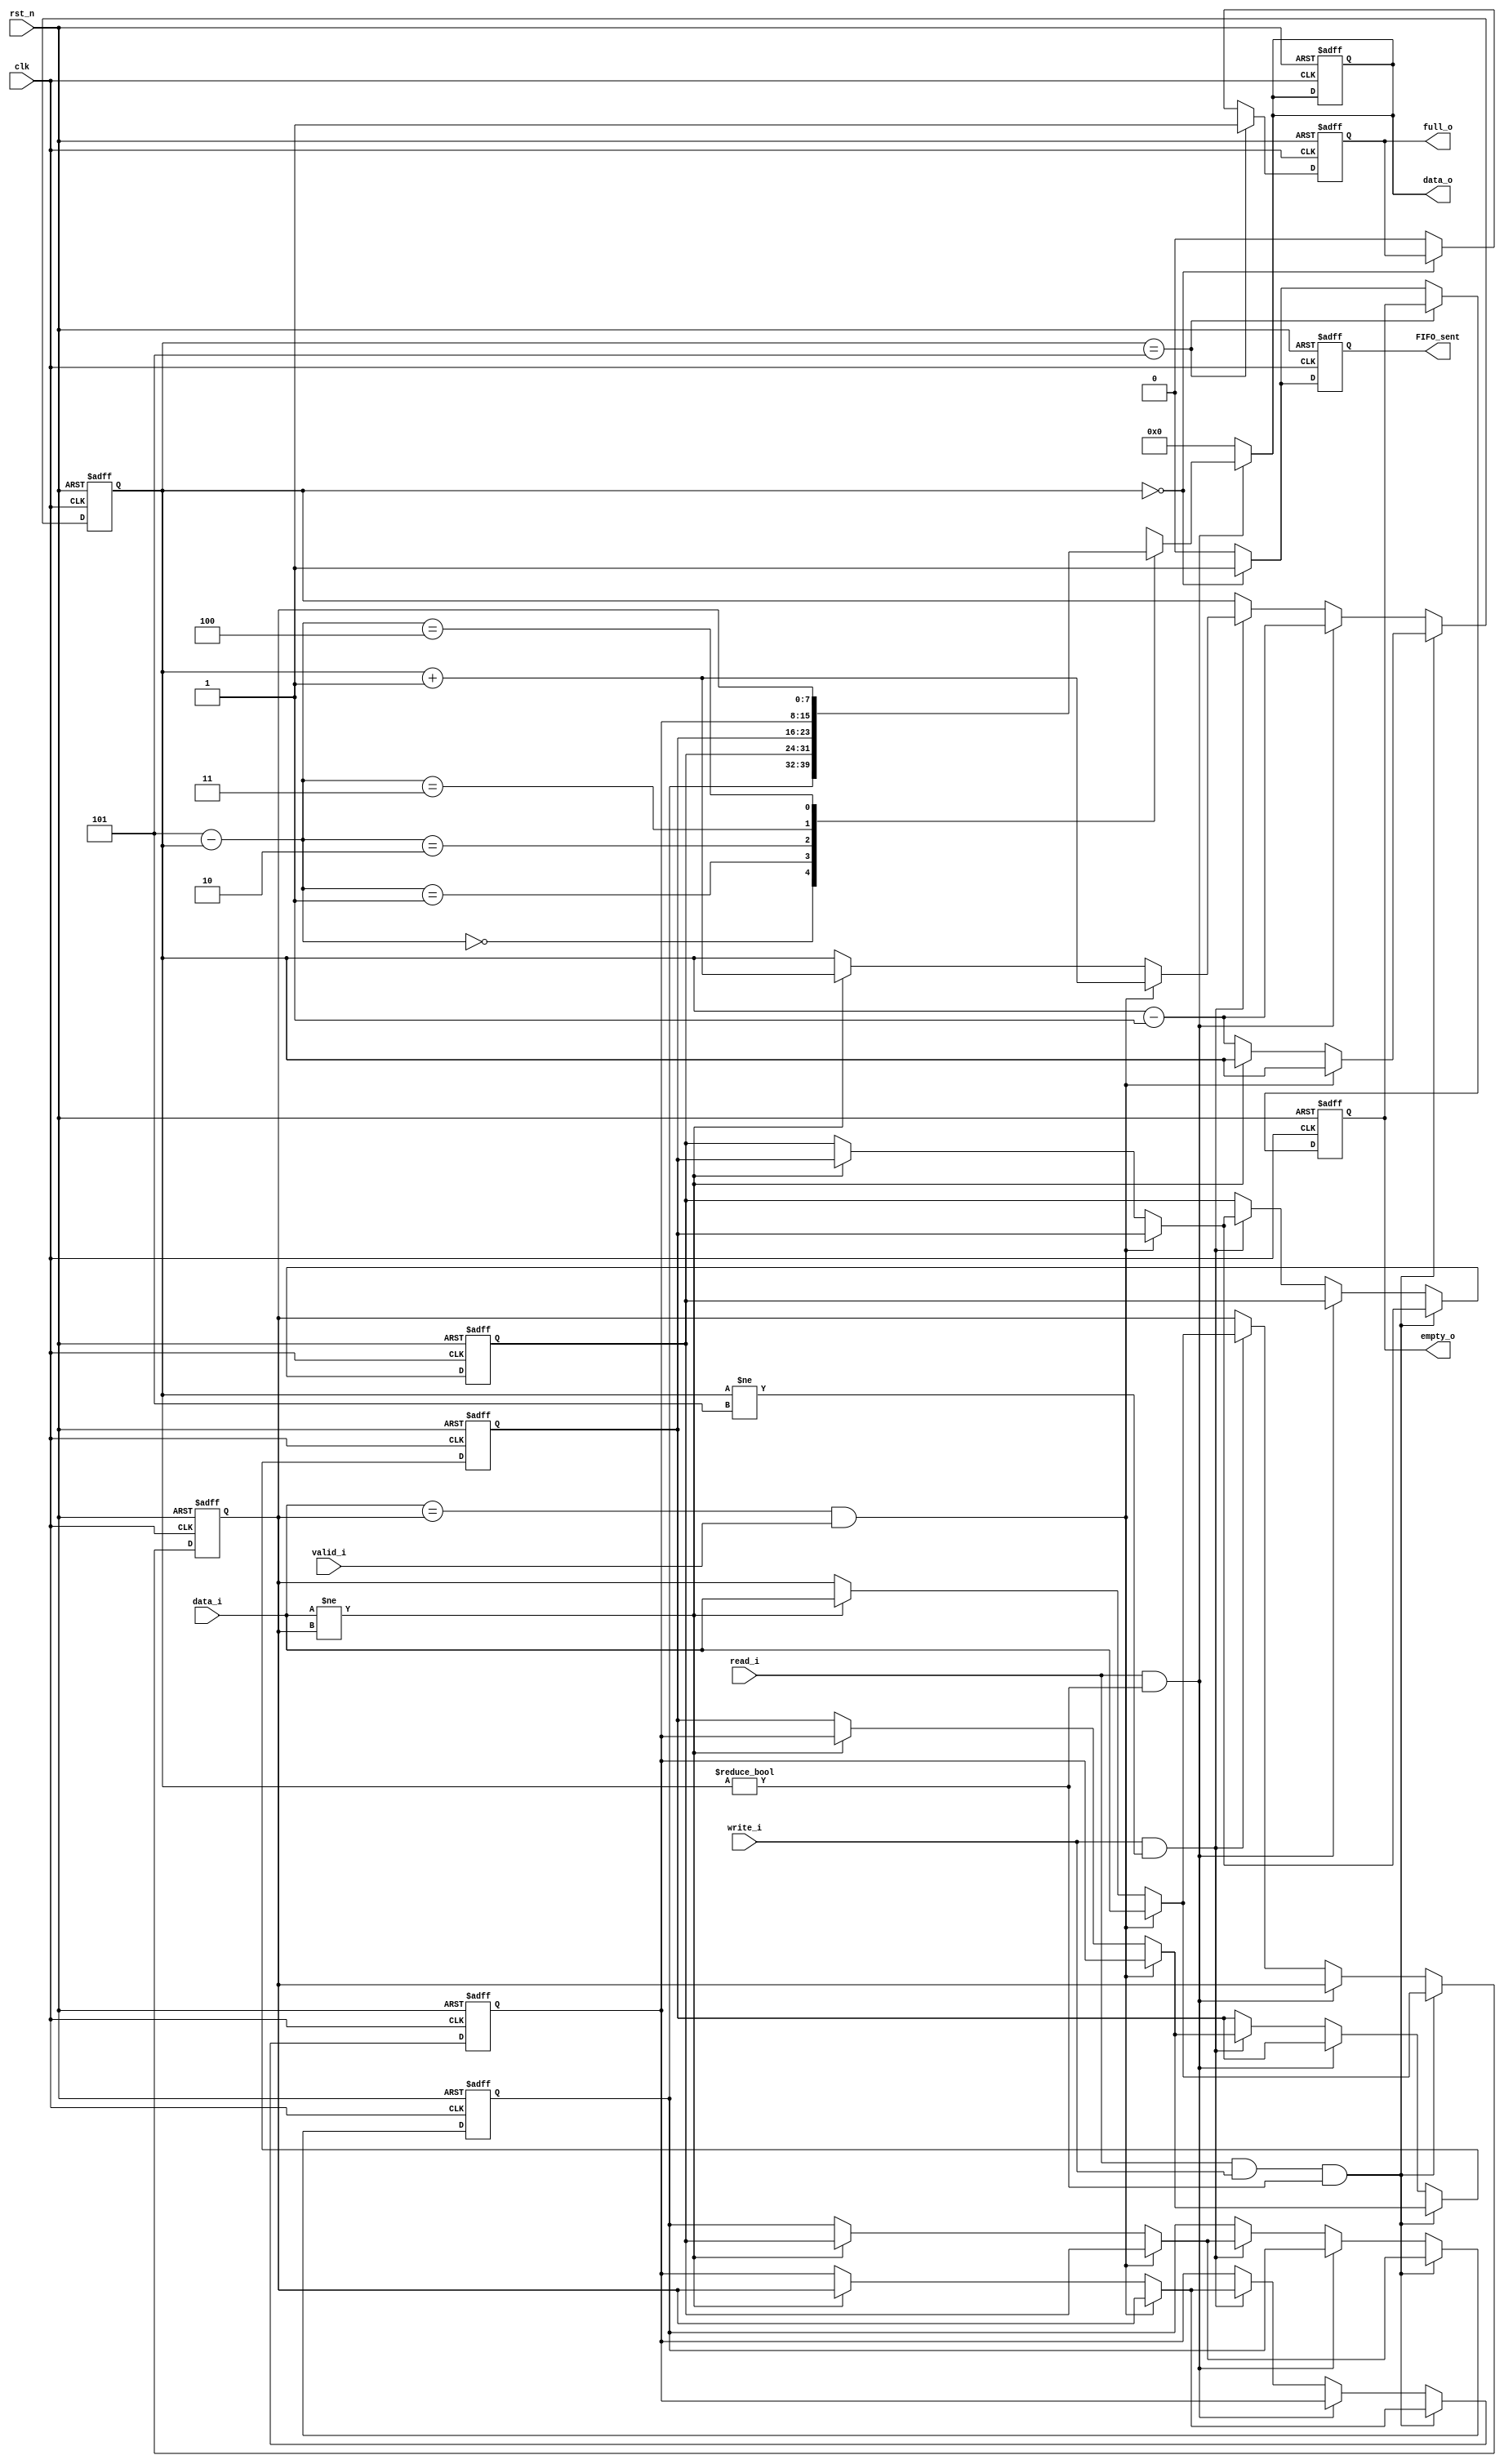
// module fifo (data_i, write_i, read_i, full_o, empty_o, data_o, clk, rst_n);
module fifo (data_i, write_i, read_i, full_o, empty_o, data_o, clk, rst_n,FIFO_sent,valid_i);
    parameter DWIDTH = 8, FDEPTH = 5;
	input wire valid_i; 
    input wire [DWIDTH-1:0] data_i;
    input wire write_i, read_i;
    output wire full_o, empty_o;
    output reg [DWIDTH-1:0] data_o;
    input wire clk, rst_n;

    reg full, empty;
    reg [DWIDTH-1:0] mem [FDEPTH-1:0];
    reg [2:0] cnt; //store data number 0~5 
    reg [DWIDTH-1:0] data_o_temp;

    //
    output reg FIFO_sent;
    //

    assign full_o = full;
    assign empty_o = empty;

    

    // should consider the condition of (write_i && read_i), (write_i), (read_i) 
    always@(*) begin
        if(read_i && cnt!=3'b0) begin
            data_o = mem[FDEPTH-cnt];  
        end 
        else begin
            data_o =8'b0;
        end


    end

    always @(posedge clk, negedge rst_n) begin

        if(!rst_n) begin    
            // not full and is empty
            {full, empty} <= 2'b01;
            cnt <= 3'b0;

            // reset FIFO memory
            mem[0] <= 8'b0;
            mem[1] <= 8'b0; 
            mem[2] <= 8'b0;
            mem[3] <= 8'b0; 
            mem[4] <= 8'b1111_1101;

            data_o<=8'b0;

            FIFO_sent<=1'b0;
        end
        else begin


            if(cnt==3'd5) begin
                full <= 1'b1;
            end
            else if (cnt == 3'd0) begin
                empty <= 1'b1;
            end
            else begin 
                {full, empty} <= 2'b00;
            end
            
            // both read and write
            if(read_i && write_i && cnt!=3'd0) begin
                // read
                // data_o <= mem[FDEPTH-cnt];  

                // write
				if((data_i==mem[4]) && valid_i ) begin
					mem[0] <=mem[1];
                    mem[1] <=mem[2];
                    mem[2] <=mem[3];
                    mem[3] <=mem[4];
                    mem[4] <= data_i ;  
				
				end
				
                else if(data_i!=mem[4]) begin
                    mem[0] <=mem[1];
                    mem[1] <=mem[2];
                    mem[2] <=mem[3];
                    mem[3] <=mem[4];
                    mem[4] <= data_i ;  
                end
                else begin
                    mem[0] <=mem[0];
                    mem[1] <=mem[1];
                    mem[2] <=mem[2];
                    mem[3] <=mem[3];
                    mem[4] <=mem[4];
                    cnt <= cnt - 1'b1;                   
                end


            end
            //read
            else if (read_i && cnt!=3'd0) begin 
                // data_o <= mem[FDEPTH-cnt];
                cnt <= cnt - 1'b1;
            end
            //write
            else if (write_i && cnt!=3'd5) begin 
			
				if((data_i==mem[4]) && valid_i ) begin
                    mem[0] <=mem[1];
                    mem[1] <=mem[2];
                    mem[2] <=mem[3];
                    mem[3] <=mem[4];
                    mem[4] <= data_i;
                    cnt <= cnt + 1'b1;        
                end
                else if(data_i!=mem[4]) begin
                    mem[0] <=mem[1];
                    mem[1] <=mem[2];
                    mem[2] <=mem[3];
                    mem[3] <=mem[4];
                    mem[4] <= data_i;
                    cnt <= cnt + 1'b1;        
                end
                else begin
                    mem[0] <=mem[0];
                    mem[1] <=mem[1];
                    mem[2] <=mem[2];
                    mem[3] <=mem[3];
                    mem[4] <=mem[4];
                    cnt<=cnt;
                end

            end 
            // invalid             
            else begin 
                cnt <= cnt;
            end

            if(cnt==3'b0) begin
                FIFO_sent<=1'b1;
            end
            else begin
                FIFO_sent<=1'b0;
            end

        end

    end

endmodule